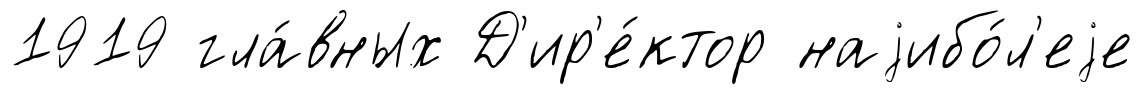
1919 гла́вных Д'ир'е́ктор наjибо́л'еjе